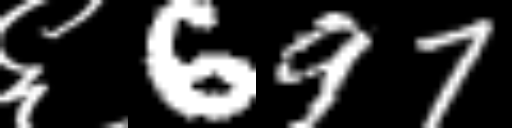
Text: ६697